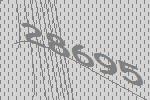
28695